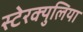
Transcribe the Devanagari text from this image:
स्टेरक्युलिया